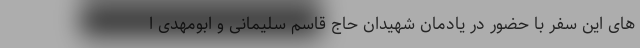
های این سفر با حضور در یادمان شهیدان حاج قاسم سلیمانی و ابومهدی ا